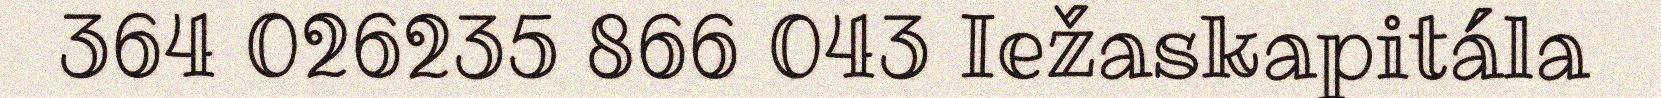
364 026235 866 043 Iežaskapitála